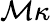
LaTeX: \mathcal{M}\kappa